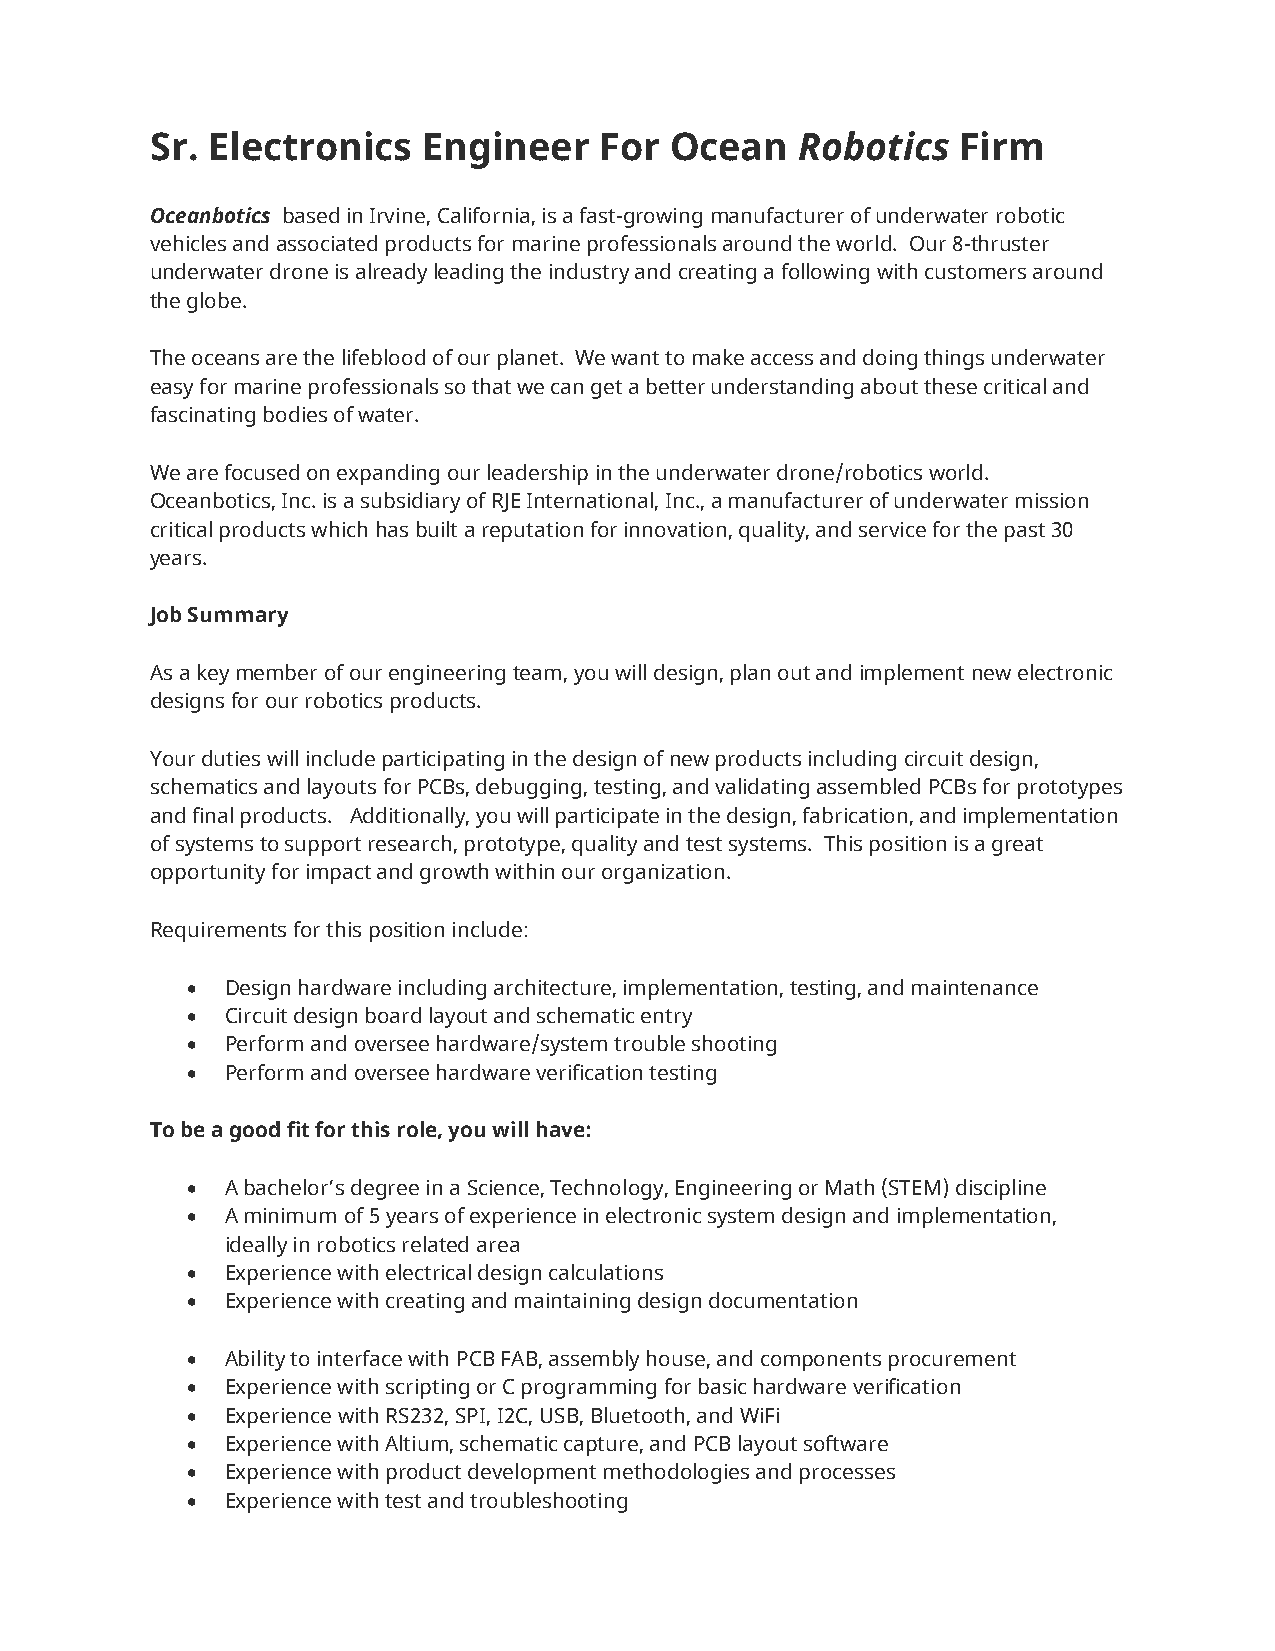
Sr. Electronics   Engineer    For Ocean    Robotics   Firm
 Oceanbotics based in Irvine, California, is a fast-growing manufacturer of underwater robotic
 vehicles and associated products for marine professionals around the world. Our 8-thruster
 underwater drone is already leading the industry and creating a following with customers around
 the globe.
 The oceans are the lifeblood of our planet. We want to make access and doing things underwater
 easy for marine professionals so that we can get a better understanding about these critical and
 fascinating bodies of water.
 We are focused on expanding our leadership in the underwater drone/robotics world.
 Oceanbotics, Inc. is a subsidiary of RJE International, Inc., a manufacturer of underwater mission
 critical products which has built a reputation for innovation, quality, and service for the past 30
 years.
 Job Summary
 As a key member of our engineering team, you will design, plan out and implement new electronic
 designs for our robotics products.
 Your duties will include participating in the design of new products including circuit design,
 schematics and layouts for PCBs, debugging, testing, and validating assembled PCBs for prototypes
 and final products. Additionally, you will participate in the design, fabrication, and implementation
 of systems to support research, prototype, quality and test systems. This position is a great
 opportunity for impact and growth within our organization.
 Requirements for this position include:
 •  Design hardware including architecture, implementation, testing, and maintenance
 •  Circuit design board layout and schematic entry
 •  Perform and oversee hardware/system trouble shooting
 •  Perform and oversee hardware verification testing
 To be a good fit for this role, you will have:
 •  A bachelor’s degree in a Science, Technology, Engineering or Math (STEM) discipline
 •  A minimum of 5 years of experience in electronic system design and implementation,
 ideally in robotics related area
 •  Experience with electrical design calculations
 •  Experience with creating and maintaining design documentation
 •  Ability to interface with PCB FAB, assembly house, and components procurement
 •  Experience with scripting or C programming for basic hardware verification
 •  Experience with RS232, SPI, I2C, USB, Bluetooth, and WiFi
 •  Experience with Altium, schematic capture, and PCB layout software
 •  Experience with product development methodologies and processes
 •  Experience with test and troubleshooting